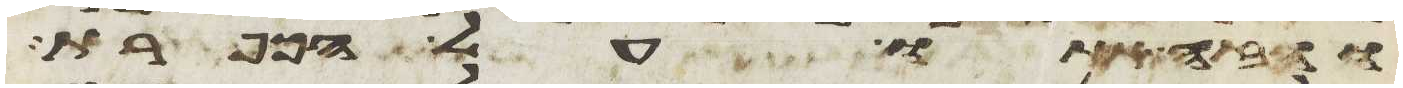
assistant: והזה אתו על הכפרת